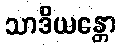
သာဒိယန္တော